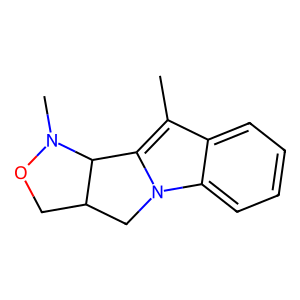
SMILES: Cc1c2n(c3ccccc13)CC1CON(C)C21
Inhibits HIV replication: No